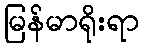
မြန်မာရိုးရာ